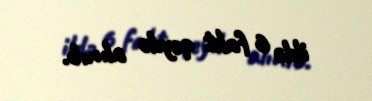
ildə 6 fakt qeydə alınıb.